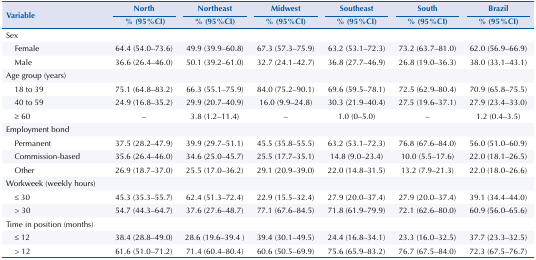
<table><thead><tr><td rowspan="3"><b>Variable</b></td><td><b>North</b></td><td><b>Northeast</b></td><td><b>Midwest</b></td><td><b>Southeast</b></td><td><b>South</b></td><td><b>Brazil</b></td></tr><tr><td><b>% (95%CI)</b></td><td><b>% (95%CI)</b></td><td><b>% (95%CI)</b></td><td><b>% (95%CI)</b></td><td><b>% (95%CI)</b></td><td><b>% (95%CI)</b></td></tr></thead><tbody><tr><td>Sex</td><td> </td><td> </td><td> </td><td> </td><td> </td><td> </td></tr><tr><td>Female</td><td>64.4 (54.0–73.6)</td><td>49.9 (39.9–60.8)</td><td>67.3 (57.3–75.9)</td><td>63.2 (53.1–72.3)</td><td>73.2 (63.7–81.0)</td><td>62.0 (56.9–66.9)</td></tr><tr><td>Male</td><td>36.6 (26.4–46.0)</td><td>50.1 (39.2–61.0)</td><td>32.7 (24.1–42.7)</td><td>36.8 (27.7–46.9)</td><td>26.8 (19.0–36.3)</td><td>38.0 (33.1–43.1)</td></tr><tr><td colspan="2">Age group (years)</td><td> </td><td> </td><td> </td><td> </td><td> </td></tr><tr><td>18 to 39</td><td>75.1 (64.8–83.2)</td><td>66.3 (55.1–75.9)</td><td>84.0 (75.2–90.1)</td><td>69.6 (59.5–78.1)</td><td>72.5 (62.9–80.4)</td><td>70.9 (65.8–75.5)</td></tr><tr><td>40 to 59</td><td>24.9 (16.8–35.2)</td><td>29.9 (20.7–40.9)</td><td>16.0 (9.9–24.8)</td><td>30.3 (21.9–40.4)</td><td>27.5 (19.6–37.1)</td><td>27.9 (23.4–33.0)</td></tr><tr><td>≥ 60</td><td>–</td><td>3.8 (1.2–11.4)</td><td>–</td><td>1.0 (0–5.0)</td><td>–</td><td>1.2 (0.4–3.5)</td></tr><tr><td colspan="2">Employment bond</td><td> </td><td> </td><td> </td><td> </td><td> </td></tr><tr><td>Permanent</td><td>37.5 (28.2–47.9)</td><td>39.9 (29.7–51.1)</td><td>45.5 (35.8–55.5)</td><td>63.2 (53.1–72.3)</td><td>76.8 (67.6–84.0)</td><td>56.0 (51.0–60.9)</td></tr><tr><td>Commission-based</td><td>35.6 (26.4–46.0)</td><td>34.6 (25.0–45.7)</td><td>25.5 (17.7–35.1)</td><td>14.8 (9.0–23.4)</td><td>10.0 (5.5–17.6)</td><td>22.0 (18.1–26.5)</td></tr><tr><td>Other</td><td>26.9 (18.7–37.0)</td><td>25.5 (17.0–36.2)</td><td>29.1 (20.9–39.0)</td><td>22.0 (14.8–31.5)</td><td>13.2 (7.9–21.3)</td><td>22.0 (18.0–26.6)</td></tr><tr><td colspan="2">Workweek (weekly hours)</td><td> </td><td> </td><td> </td><td> </td><td> </td></tr><tr><td>≤ 30</td><td>45.3 (35.3–55.7)</td><td>62.4 (51.3–72.4)</td><td>22.9 (15.5–32.4)</td><td>27.9 (20.0–37.4)</td><td>27.9 (20.0–37.4)</td><td>39.1 (34.4–44.0)</td></tr><tr><td>&gt; 30</td><td>54.7 (44.3–64.7)</td><td>37.6 (27.6–48.7)</td><td>77.1 (67.6–84.5)</td><td>71.8 (61.9–79.9)</td><td>72.1 (62.6–80.0)</td><td>60.9 (56.0–65.6)</td></tr><tr><td colspan="2">Time in position (months)</td><td> </td><td> </td><td> </td><td> </td><td> </td></tr><tr><td>≤ 12</td><td>38.4 (28.8–49.0)</td><td>28.6 (19.6–39.4 )</td><td>39.4 (30.1–49.5)</td><td>24.4 (16.8–34.1)</td><td>23.3 (16.0–32.5)</td><td>37.7 (23.3–32.5)</td></tr><tr><td>&gt; 12</td><td>61.6 (51.0–71.2)</td><td>71.4 (60.4–80.4)</td><td>60.6 (50.5–69.9)</td><td>75.6 (65.9–83.2)</td><td>76.7 (67.5–84.0)</td><td>72.3 (67.5–76.7)</td></tr></tbody></table>